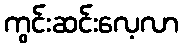
ကွင်းဆင်းလေ့လာ